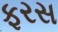
ફરસ